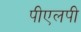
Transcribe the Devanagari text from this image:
पीएलपी